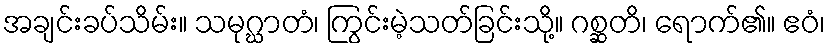
အချင်းခပ်သိမ်း။ သမုဂ္ဃာတံ၊ ကြွင်းမဲ့သတ်ခြင်းသို့။ ဂစ္ဆတိ၊ ရောက်၏။ ဧဝံ၊